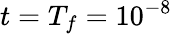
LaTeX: t=T_{f}=10^{-8}